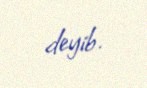
deyib.